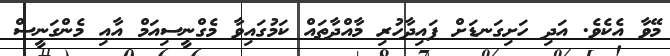
މޭވާ އެކެވެ. އަދި ހަށިގަނޑަށް ފައިދާހުރި މާއްދާތައް ކަމުގައިވާ މެގްނީސިއަމް އާއި މެންގަނީސް